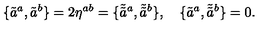
\{ \tilde { a } ^ { a } , \tilde { a } ^ { b } \} = 2 \eta ^ { a b } = \{ \tilde { \tilde { a } } { } ^ { a } , \tilde { \tilde { a } } { } ^ { b } \} , \quad \{ \tilde { a } ^ { a } , \tilde { \tilde { a } } { } ^ { b } \} = 0 .